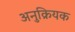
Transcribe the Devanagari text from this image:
अनुक्रियक